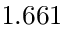
1 . 6 6 1